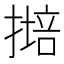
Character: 𱠩